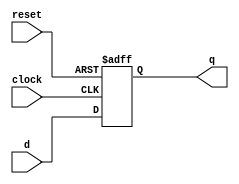
module d_flip_flop (
    input wire reset,
    input wire clock,
    input wire d,
    output reg q
);

always @(posedge clock or posedge reset) begin
    if (reset) begin
        q <= 0; // reset value
    end else begin
        q <= d; // update Q output on rising edge of the clock signal
    end
end

endmodule